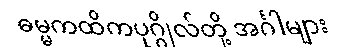
ဓမ္မကထိကပုဂ္ဂိုလ်တို့ အင်္ဂါများ